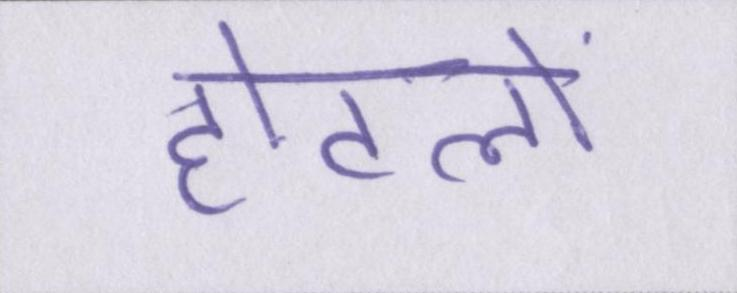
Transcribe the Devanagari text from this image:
होटलों